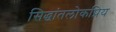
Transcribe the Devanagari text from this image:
सिद्धांतलोकप्रिय